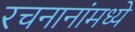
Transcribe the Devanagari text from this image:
रचनानांमध्ये